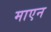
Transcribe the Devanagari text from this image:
माएन